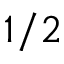
1 / 2